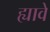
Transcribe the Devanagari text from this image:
ह्यावे